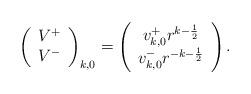
LaTeX: \begin{align*}\left( \begin{array}{c}V^{+}\\V^{-}\end{array} \right)_{k,0}=\left( \begin{array}{c}v_{k,0}^{+}r^{k-\frac{1}{2}}\\v^{-}_{k,0}r^{-k-\frac{1}{2}}\end{array} \right).\end{align*}